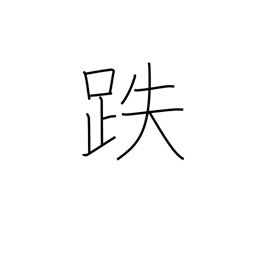
Meaning: stumble